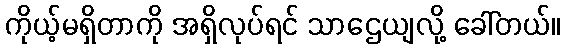
ကိုယ့်မရှိတာကို အရှိလုပ်ရင် သာဌေယျလို့ ခေါ်တယ်။